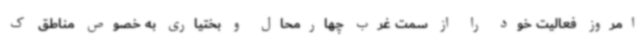
امروز فعالیت خود را از سمت غرب چهارمحال و بختیاری به خصوص مناطق ک